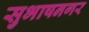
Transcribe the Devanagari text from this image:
सुभाषनगर